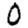
Digit: 0